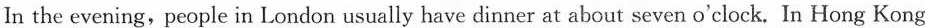
In the evening,people in London usually have dinner at about seven o{\prime} clock. In Hong Kong